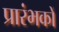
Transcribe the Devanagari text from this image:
प्रारंभकों